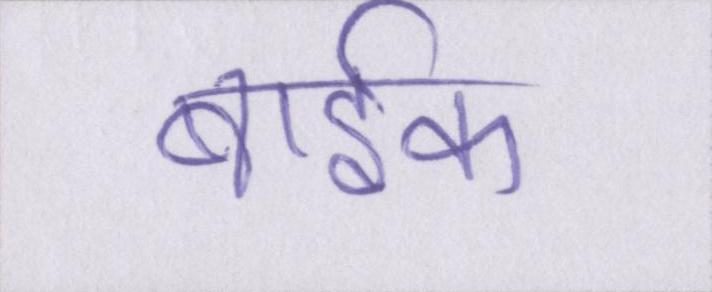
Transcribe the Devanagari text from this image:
बार्इक